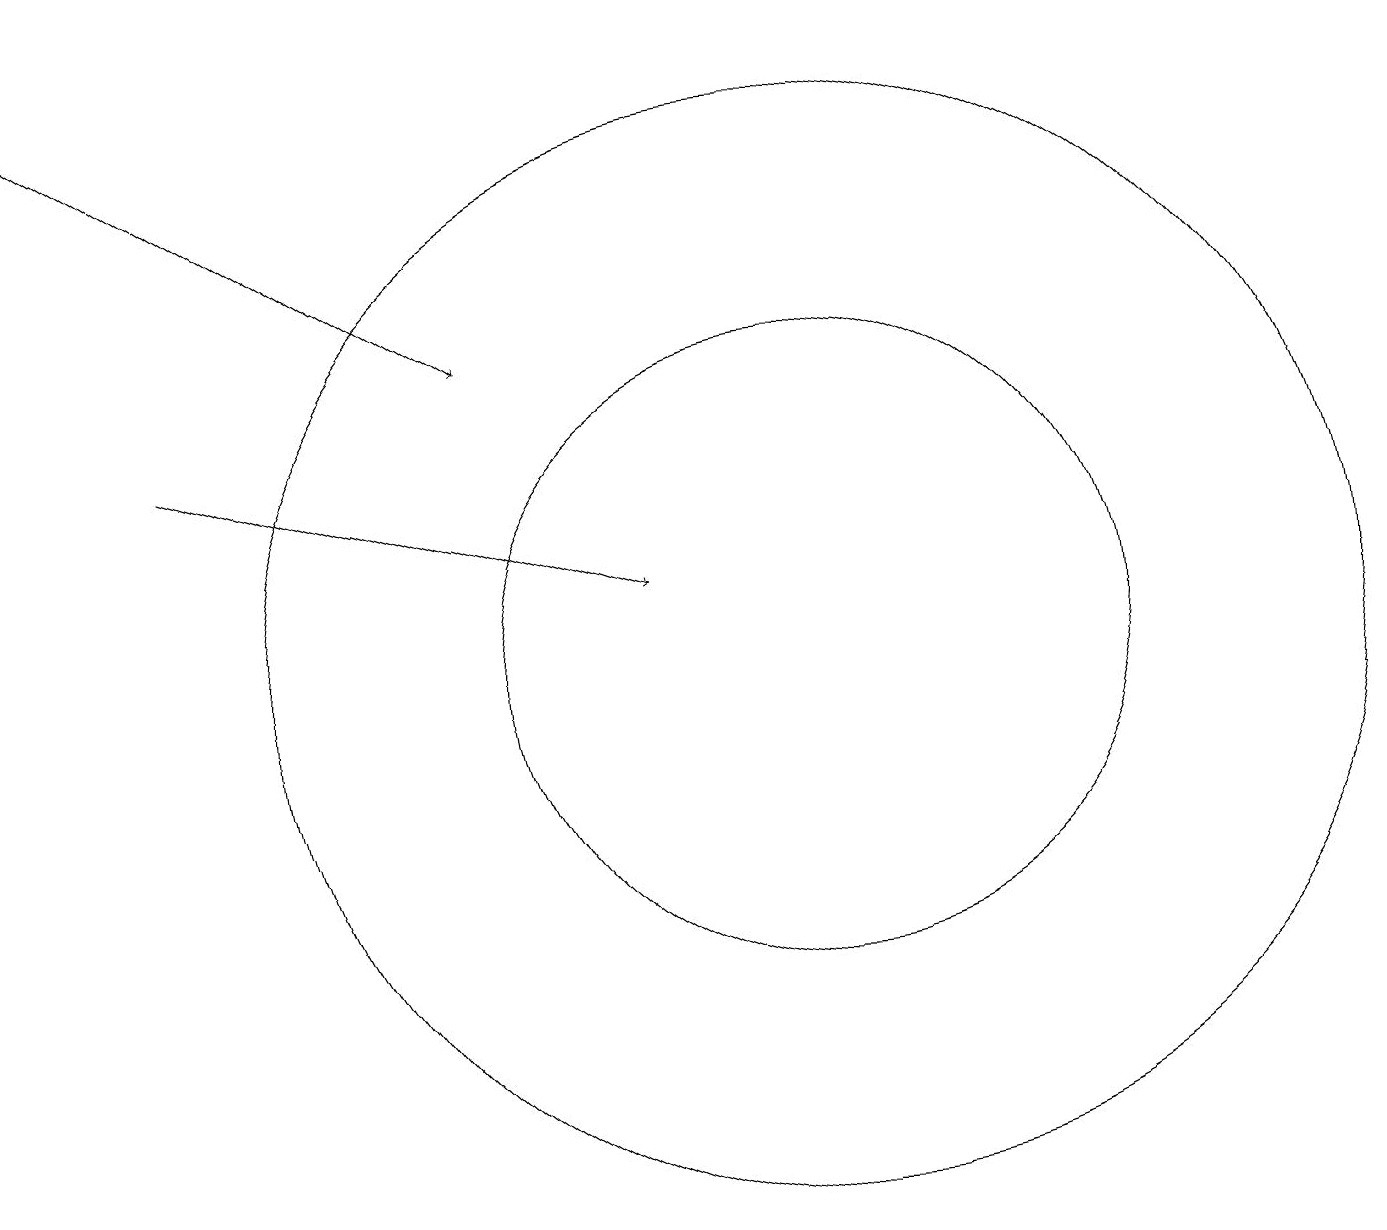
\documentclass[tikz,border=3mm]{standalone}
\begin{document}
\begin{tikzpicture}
\draw (10,11) circle (7);
\draw[->] (0,19) -- (6,15);
\draw (10,11) circle (4);
\draw[->] (2,14) -- (8,12);
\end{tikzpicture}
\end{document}